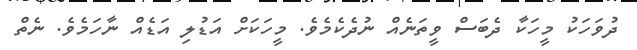
ދުވަހަކު މީހަކާ ދެބަސް ވީތަނެއް ނުދެކެމެވެ. މީހަކަށް އަޑުލި އަޑެއް ނާހަމެވެ. ނެތް